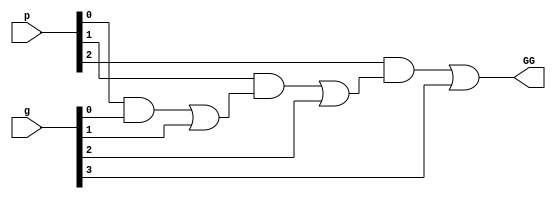
`timescale 1ns / 1ps
//////////////////////////////////////////////////////////////////////////////////
// Company: 
// 
// Design Name: 
// Module Name:    Bit generate signal
// Project Name:   Basic Components
// Target Devices: 
// Tool versions: 
// Description: 
//
// Dependencies: 
//
// Revision: 
// Revision 0.01 - File Created
// Additional Comments: 
//
//////////////////////////////////////////////////////////////////////////////////
module GC #(parameter valency=4)(output GG, input [valency-1 : 0] g, input [valency-1 : 1] p);

	wire [valency-1 : 0] wr, gg;

	assign gg[0]=g[0];
	

	genvar k;
	generate
	for(k=0; k<valency-1; k=k+1)
		begin
			and (wr[k], p[k+1], gg[k]);
			or (gg[k+1], wr[k], g[k+1]);                   // For valency 4, G[3:0]=G3+P3G2+P3P2G1+P3P2P1G0     
		end
	endgenerate	
	assign GG=gg[valency-1];
       
endmodule